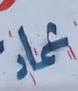
عاد